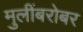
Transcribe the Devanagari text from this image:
मुलींबरोबर